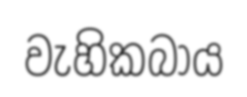
වැහිකබාය